Indian journal of veterinary science and animal husbandry - Volumes 15-17, 1948-1951
Year: 1948
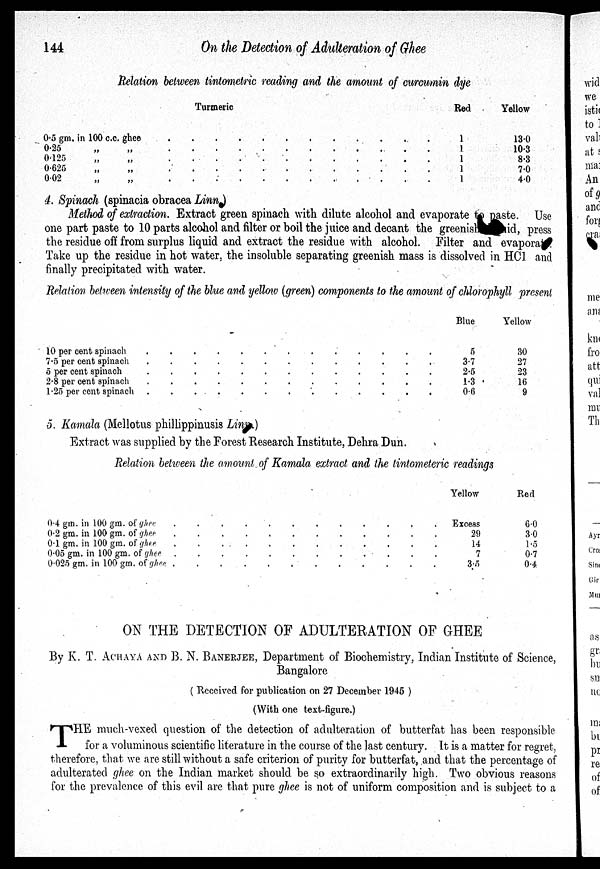
144
On the Detection of Adulteration of Ghee
Relation between tintometric reading and the amount of curcumin dye
Turmeric
0.5 gm. in 100 c.c. ghee . . . . . . . . . .
0.35 „ „ . . . . . . . . . .
0.125 „ „ .. . . . . . . . . .
0.625
„
„ .. . . . . . . . . .
0.02 „ „ .. . . . . . . . . .
Bed
1
1
1
1
1
Yellow
13.0
10.3
8.3
7.0
4.0
4. Spinach (spinacia obracea Linn)
Method of extraction. Extract green spinach with dilute alcohol and evaporate to paste. Use
one part paste to 10 parts alcohol and filter or boil the juice and decant the greenish
id, press
the residue off from surplus liquid and extract the residue with alcohol. Filter and evaporate.
Take up the residue in hot water, the insoluble separating greenish mass is dissolved in HC1 and
finally precipitated with water.
Relation between intensity of the blue and yellow (green) components to the amount of chlorophyll present
10 per cent spinach
.
.
.
.
.
.
.
.
.
.
.
7.5 per cent spinach
.
.
.
.
.
.
.
.
.
.
.
5 per cent
spinach.
.
.
.
.
.
.
.
.
.
.
2.8 per cent spinach
.
.
.
.
.
.
.
.
.
.
.
1.25 per cent
spinach.
.
.
.
.
.
.
.
.
.
.
Blue
5
3.7
2.5
1.3
0.6
Yellow
30
27
23
16
9
5. Kamala (Mellotus phillippinusis Linn.)
Extract was supplied by the Forest Research Institute, Dehra Dun.
Relation between the amount of Kamala extract and the tintometeric readings
0.4 gm. in 100 gm. of ghee . . . . . . . . . . .
0.2 gm. in 100 gm. of
ghee.
.
.
.
.
.
.
.
.
.
.
0.1 gm. in 100 gm. of
ghee
.
.
.
.
.
.
.
.
.
.
.
0.05 gm. in 100 gm. of
ghee.
.
.
.
.
.
.
.
.
.
.
0.025 gm. in 100 gm. of
ghee
.
.
.
.
.
.
.
.
.
.
.
Yellow
Excess
29
14
7
3.5
Red
6.0
3.0
1.5
0.7
0.4
ON THE DETECTION OF ADULTERATION OF GHEE
By K. T. ACHAYA AND B. N. BANERJEE, Department of Biochemistry, Indian Institute of Science,
Bangalore
( Received for publication on 27 December 1945 )
(With one text-figure.)
T HE much-vexed question of the detection of adulteration of butterfat has been responsible
for a voluminous scientific literature in the course of the last century. It is a matter for regret,
therefore, that we are still without a safe criterion of purity for butterfat, and that the percentage of
adulterated ghee on the Indian market should be so extraordinarily high. Two obvious reasons
for the prevalence of this evil are that pure ghee is not of uniform composition and is subject to a